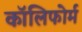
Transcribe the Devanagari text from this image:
कॉलिफोर्म